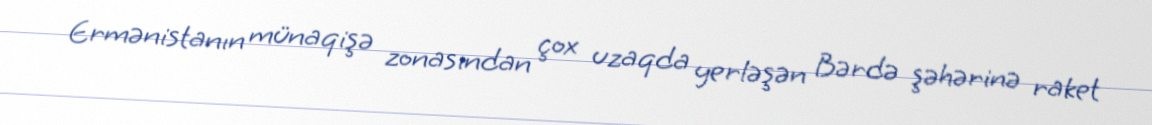
Ermənistanın münaqişə zonasından çox uzaqda yerləşən Bərdə şəhərinə raket